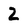
Character: 2